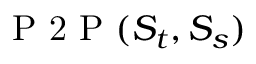
\mathrm { ~ P ~ 2 ~ P ~ } ( S _ { t } , S _ { s } )